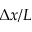
\Delta x / L